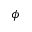
\phi